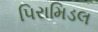
પિરામિડલ